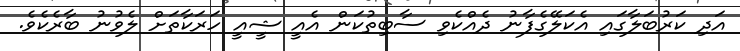
އަދި ކަރުބަލާގައި އެކަލޭގެފާނު ދެއްކެވި ސާބިތުކަން އެއީ ޝީއީ ހަރަކާތަށް ލެވުނު ބާރެކެވެ.